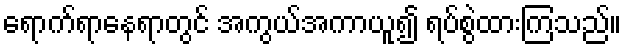
ရောက်ရာနေရာတွင် အကွယ်အကာယူ၍ ရပ်စွဲထားကြသည်။